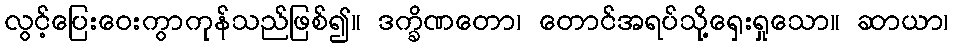
လွင့်ပြေးဝေးကွာကုန်သည်ဖြစ်၍။ ဒက္ခိဏတော၊ တောင်အရပ်သို့ရှေးရှုသော။ ဆာယာ၊